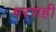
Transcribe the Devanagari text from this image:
मरणही